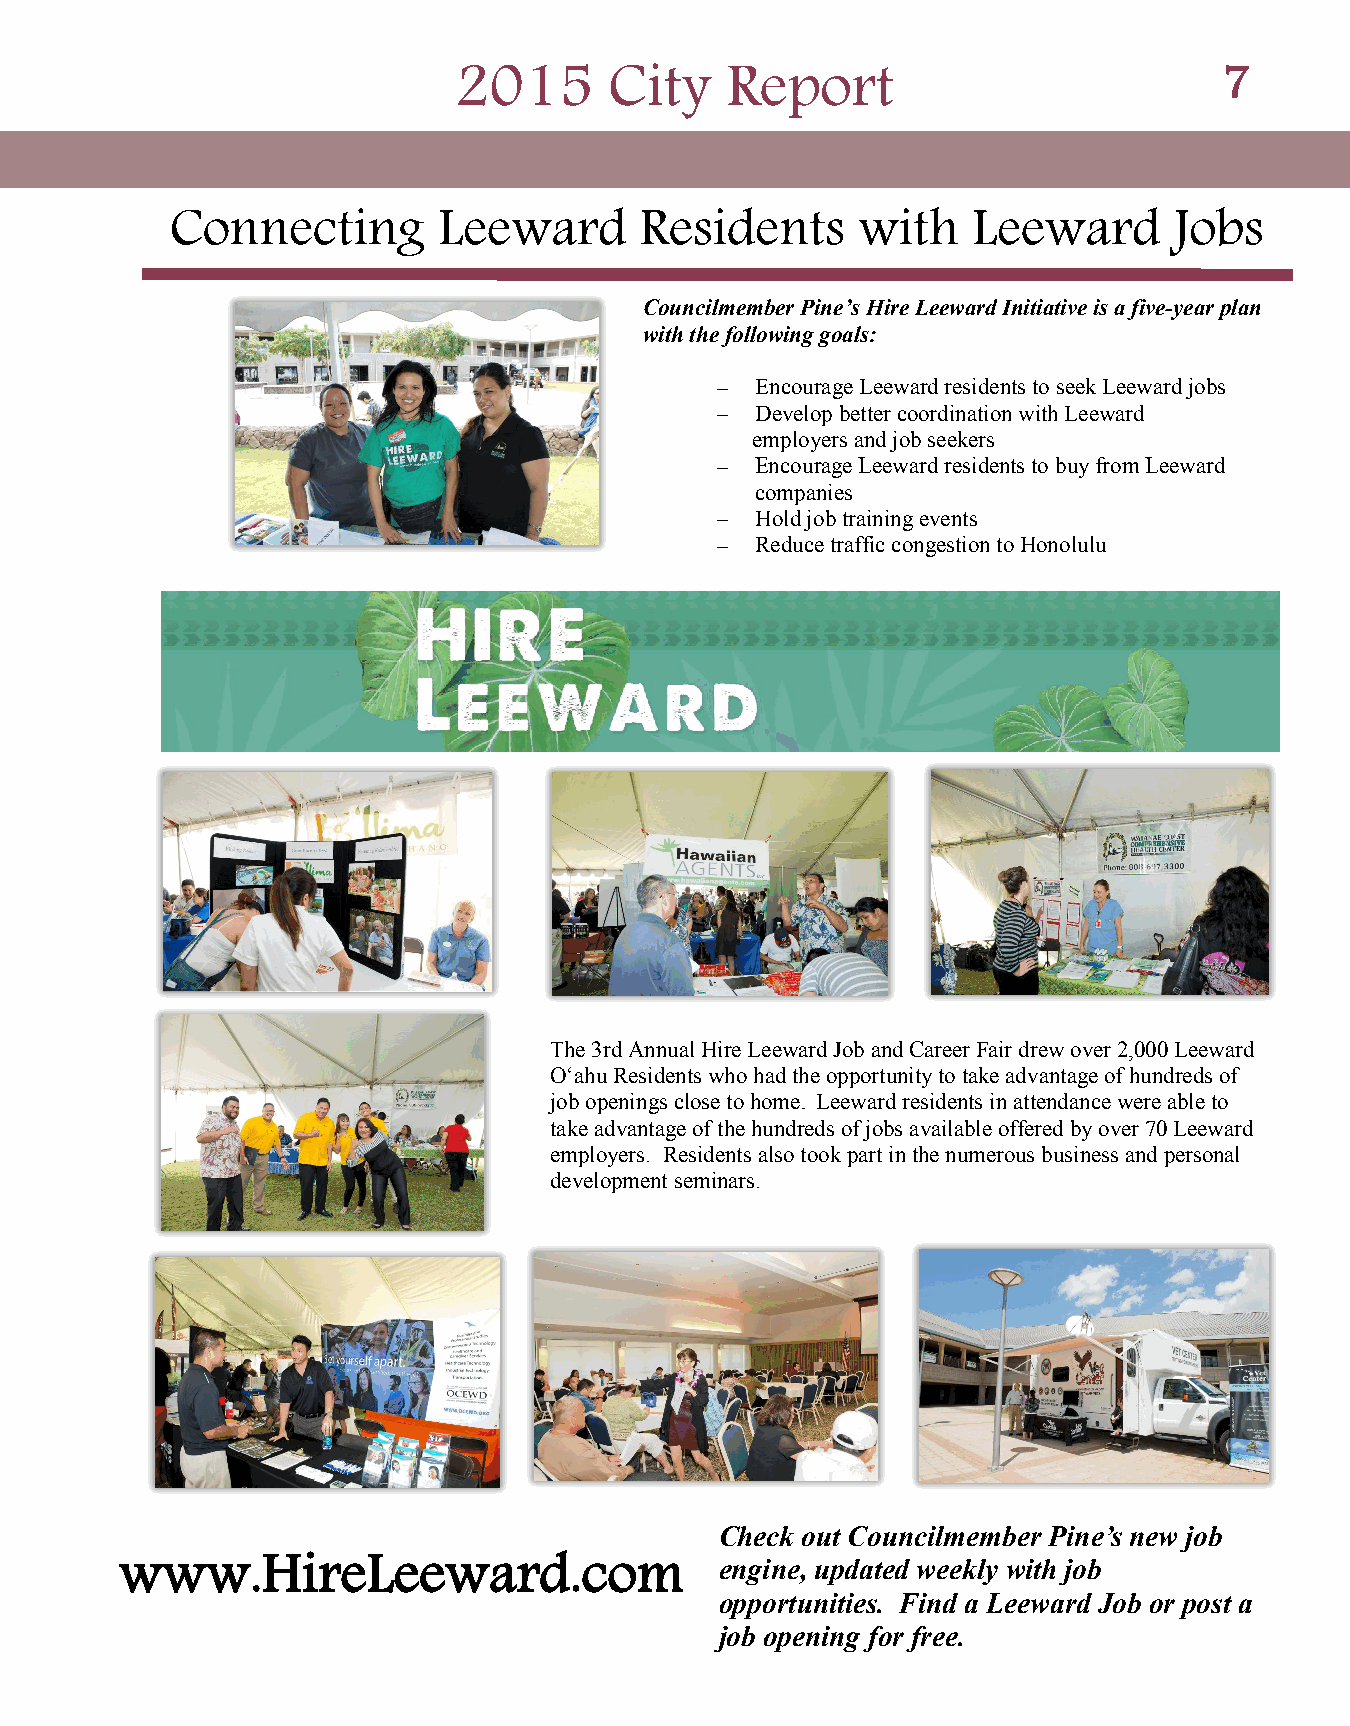
2015      City    Report                           7
 Connecting        Leeward      Residents      with   Leeward       Jobs
 Councilmember Pine’s Hire Leeward Initiative is a five-year plan
 with the following goals:
 Encourage Leeward residents to seek Leeward jobs
 Develop better coordination with Leeward
 employers and job seekers
 Encourage Leeward residents to buy from Leeward
 companies
 Hold job training events
 Reduce traffic congestion to Honolulu
 The 3rd Annual Hire Leeward Job and Career Fair drew over 2,000 Leeward
 O‘ahu Residents who had the opportunity to take advantage of hundreds of
 job openings close to home. Leeward residents in attendance were able to
 take advantage of the hundreds of jobs available offered by over 70 Leeward
 employers. Residents also took part in the numerous business and personal
 development seminars.
 Check out Councilmember Pine’s new job
 www.HireLeeward.com                     engine, updated weekly with job
 opportunities. Find a Leeward Job or post a
 job opening for free.